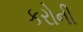
કરોની